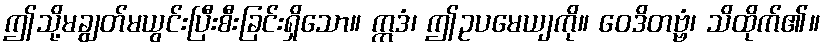
ဤသို့မချွတ်မယွင်းပြီးစီးခြင်းရှိသော။ ဣဒံ၊ ဤဥပမေယျကို။ ဝေဒိတဗ္ဗံ၊ သိထိုက်၏။